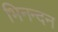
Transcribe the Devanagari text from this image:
भिनन्दन